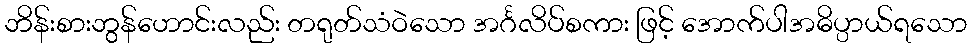
ဘိန်းစားဘွန်ဟောင်းလည်း တရုတ်သံဝဲသော အင်္ဂလိပ်စကား ဖြင့် အောက်ပါအဓိပ္ပာယ်ရသော